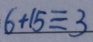
6 + 1 5 \equiv 3